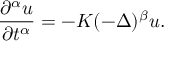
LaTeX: { \frac { \partial ^ { \alpha } u } { \partial t ^ { \alpha } } } = - K ( - \Delta ) ^ { \beta } u .